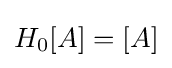
H_{0}[A]=[A]